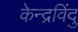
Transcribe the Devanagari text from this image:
केन्द्रविंदु